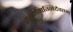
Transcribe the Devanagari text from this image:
सुवर्णमग्निदैवतम्